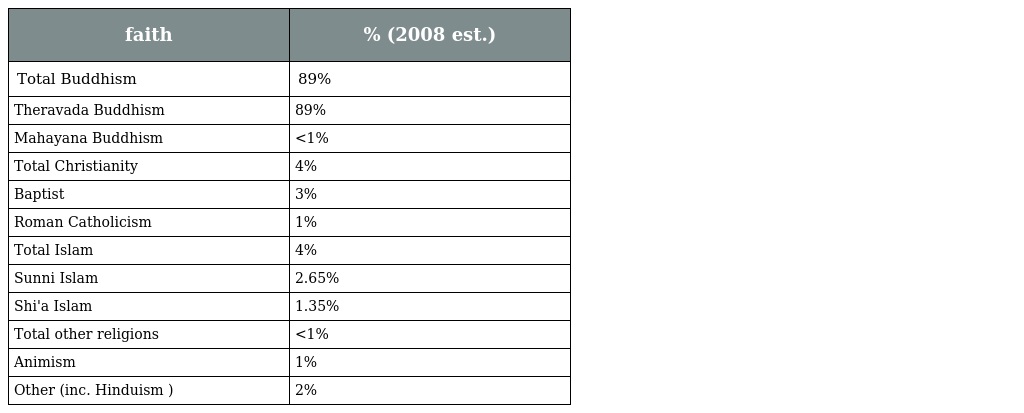
| faith | % (2008 est.) |
 | --- | --- |
 | Total Buddhism | 89% |
 | Theravada Buddhism | 89% |
 | Mahayana Buddhism | <1% |
 | Total Christianity | 4% |
 | Baptist | 3% |
 | Roman Catholicism | 1% |
 | Total Islam | 4% |
 | Sunni Islam | 2.65% |
 | Shi'a Islam | 1.35% |
 | Total other religions | <1% |
 | Animism | 1% |
 | Other (inc. Hinduism ) | 2% |